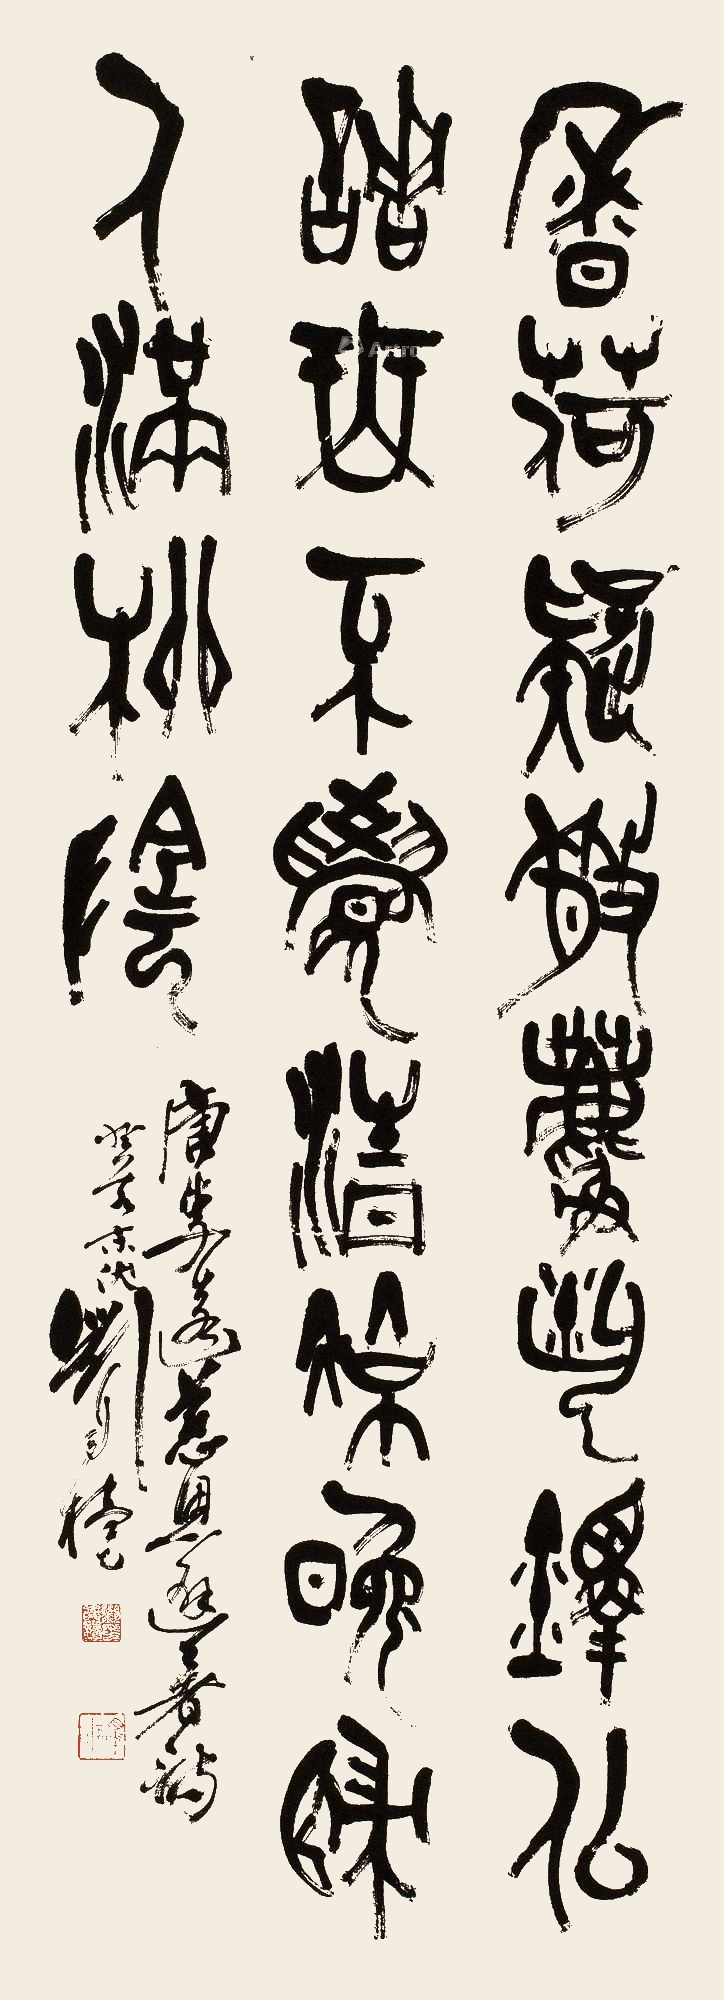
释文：香荷疑散麝，风铎似调琴。不觉清凉晚，归人满柳阴。唐李远《慈恩寺避暑》诗，癸亥末伏，刘自椟。